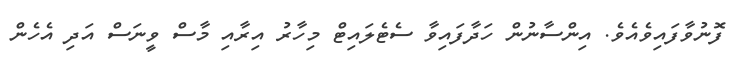
ފޮނުވާފައިވެއެވެ. އިންސާނުން ހަދާފައިވާ ސެޓެލައިޓް މިހާރު އިރާއި މާސް ވީނަސް އަދި އެހެން